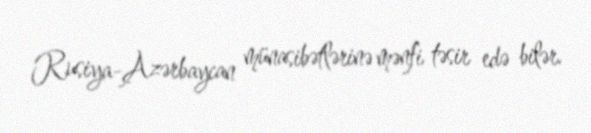
Rusiya-Azərbaycan münasibətlərinə mənfi təsir edə bilər.